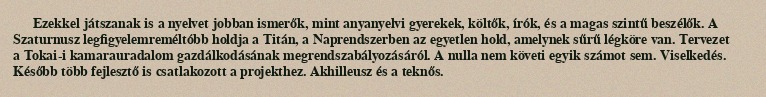
Ezekkel játszanak is a nyelvet jobban ismerők, mint anyanyelvi gyerekek, költők, írók, és a magas szintű beszélők. A Szaturnusz legfigyelemreméltóbb holdja a Titán, a Naprendszerben az egyetlen hold, amelynek sűrű légköre van. Tervezet a Tokai-i kamarauradalom gazdálkodásának megrendszabályozásáról. A nulla nem követi egyik számot sem. Viselkedés. Később több fejlesztő is csatlakozott a projekthez. Akhilleusz és a teknős.